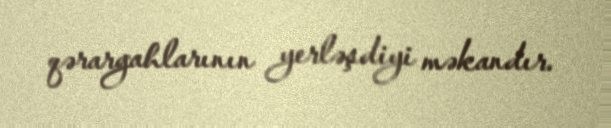
qərargahlarının yerləşdiyi məkandır.